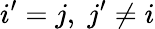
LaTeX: i^{\prime}=j,\; j^{\prime}\neq i